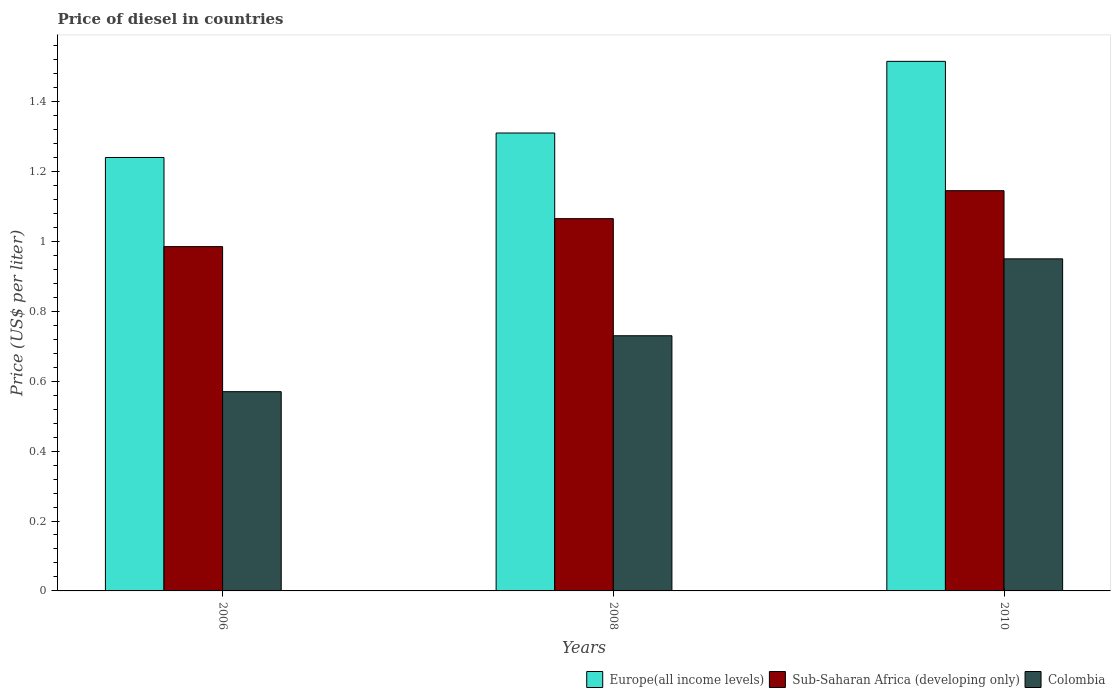
| Years | Europe(all income levels) | Sub-Saharan Africa (developing only) | Colombia |
 | --- | --- | --- | --- |
 | 2006 | 1.24 | 0.985 | 0.57 |
 | 2008 | 1.31 | 1.06 | 0.73 |
 | 2010 | 1.51 | 1.15 | 0.95 |